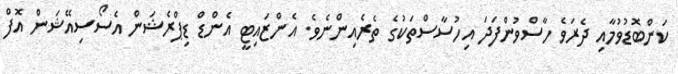
ކަންބޮޑުވުމާއި ދެރަވެ ހާސްވުންފަދަ އިހުސާސްތަކުގެ ތެރެއިންނެވެ. އެންޒައިޓީ އެންޑް ޑިޕްރެޝަން އެސޯސިއޭޝަން އޮފް